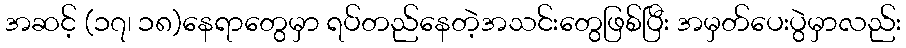
အဆင့် (၁၇၊ ၁၈)နေရာတွေမှာ ရပ်တည်နေတဲ့အသင်းတွေဖြစ်ပြီး အမှတ်ပေးပွဲမှာလည်း